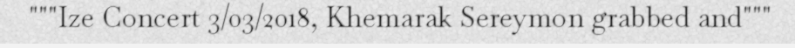
"""Ize Concert 3/03/2018, Khemarak Sereymon grabbed and"""